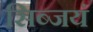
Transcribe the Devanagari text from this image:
सिब्जयं